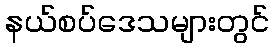
နယ်စပ်ဒေသများတွင်